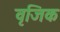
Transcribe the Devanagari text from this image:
वृजिक